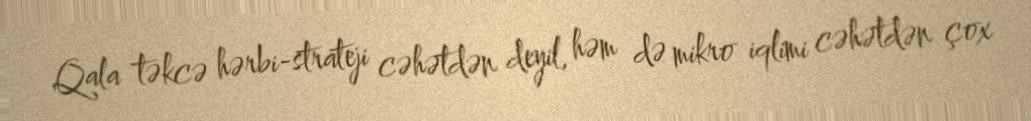
Qala təkcə hərbi-strateji cəhətdən deyil, həm də mikro iqlimi cəhətdən çox